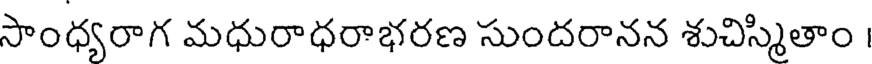
సాంధ్యరాగ మధురాధరాభరణ సుందరానన శుచిస్మితాం